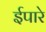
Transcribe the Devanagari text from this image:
ईपारे